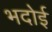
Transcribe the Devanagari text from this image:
भदोई